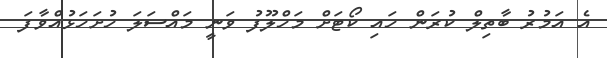
އެ އަމުރު ބާތިލް ކުރަން ހައި ކޯޓަށް މަހްލޫފު ވަނީ މައްސަލަ ހުށަހަޅުއްވާފަ